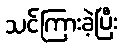
သင်ကြားခဲ့ပြီး